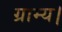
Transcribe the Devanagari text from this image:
ग्राम्य।